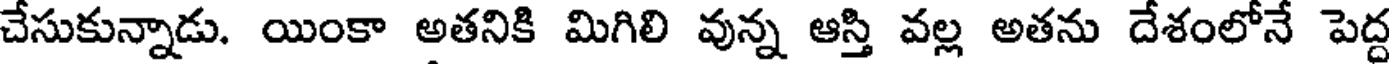
చేసుకున్నాడు. యింకా అతనికి మిగిలి వున్న ఆస్తి వల్ల అతను దేశంలోనే పెద్ద